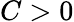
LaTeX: C>0